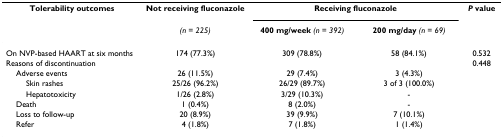
<table><thead><tr><td><b>Tolerability outcomes</b></td><td><b>Not receiving fluconazole</b></td><td colspan="2"><b>Receiving fluconazole</b></td><td><b><i>P </i>value</b></td></tr><tr><td></td><td><b><i>(n = 225)</i></b></td><td><b>400 mg/week <i>(n = 392)</i></b></td><td><b>200 mg/day <i>(n = 69)</i></b></td><td></td></tr></thead><tbody><tr><td>On NVP-based HAART at six months</td><td>174 (77.3%)</td><td>309 (78.8%)</td><td>58 (84.1%)</td><td>0.532</td></tr><tr><td>Reasons of discontinuation</td><td></td><td></td><td></td><td>0.448</td></tr><tr><td> Adverse events</td><td>26 (11.5%)</td><td>29 (7.4%)</td><td>3 (4.3%)</td><td></td></tr><tr><td>Skin rashes</td><td>25/26 (96.2%)</td><td>26/29 (89.7%)</td><td>3 of 3 (100.0%)</td><td></td></tr><tr><td>Hepatotoxicity</td><td>1/26 (2.8%)</td><td>3/29 (10.3%)</td><td>-</td><td></td></tr><tr><td> Death</td><td>1 (0.4%)</td><td>8 (2.0%)</td><td>-</td><td></td></tr><tr><td> Loss to follow-up</td><td>20 (8.9%)</td><td>39 (9.9%)</td><td>7 (10.1%)</td><td></td></tr><tr><td> Refer</td><td>4 (1.8%)</td><td>7 (1.8%)</td><td>1 (1.4%)</td><td></td></tr></tbody></table>